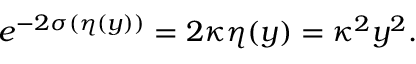
e ^ { - 2 \sigma ( \eta ( y ) ) } = 2 \kappa \eta ( y ) = \kappa ^ { 2 } y ^ { 2 } .